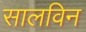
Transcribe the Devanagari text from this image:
सालविन